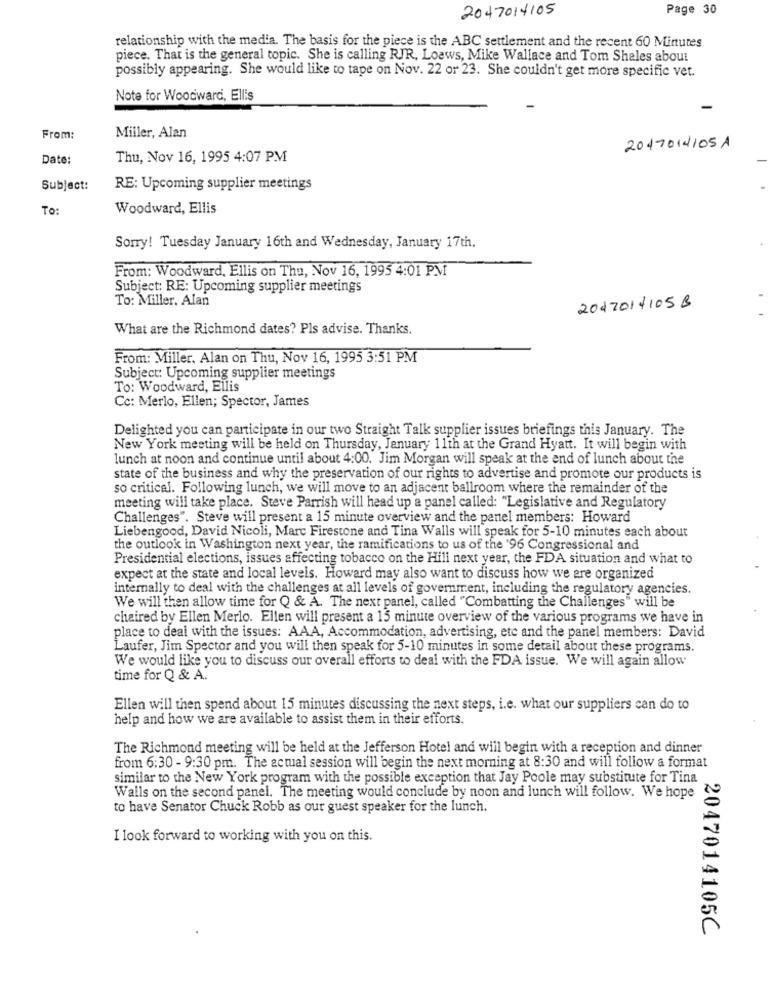
2047014105
Page 30
relationship with the media. The basis for the piece is the ABC settlement and the recent 60 Minutes
piece. That is the general topic. She is calling RJR, Loews, Mike Wallace and Tom Shales about
possibly appearing. She would like to tape on Nov. 22 or 23. She couldn't get more specific vet.
Note for Woodward, Ellis
From:
Miller, Alan
2017014105A
Date:
Thu, Nov 16, 1995 4:07 PM
Subject:
RE: Upcoming supplier meetings
To:
Woodward, Ellis
Sorry! Tuesday January 16th and Wednesday, January 17th.
From: Woodward, Ellis on Thu, Nov 16, 1995 4:01 PM
Subject: RE: Upcoming supplier meetings
To: Miller. Alan
20420141058
What are the Richmond dates? Pls advise. Thanks.
From: Miller. Alan on Thu, Nov 16, 1995 3:51 PM
Subject: Upcoming supplier meetings
To: Woodward, Ellis
Cc: Merlo, Ellen; Spector, James
Delighted you can participate in our two Straight Talk supplier issues briefings this January. The
New York meeting will be held on Thursday, January 11th at the Grand Hyatt. It will begin with
lunch at noon and continue until about 4:00. Jim Morgan will speak at the end of lunch about the
state of the business and why the preservation of our rights to advertise and promote our products is
so critical. Following lunch, we will move to an adjacent ballroom where the remainder of the
meeting will take place. Steve Parrish will head up a panel called: "Legislative and Regulatory
Challenges". Steve will present a 15 minute overview and the panel members: Howard
Liebengood, David Nicoli, Marc Firestone and Tina Walls will speak for 5-10 minutes each about
the outlook in Washington next year, the ramifications to us of the '96 Congressional and
Presidential elections, issues affecting tobacco on the Hill next year, the FDA situation and what to
expect at the state and local levels. Howard may also want to discuss how we are organized
internally to deal with the challenges at all levels of government, including the regulatory agencies.
We will then allow time for Q & A. The next panel, called "Combatting the Challenges" will be
chaired by Ellen Merlo. Ellen will present a 15 minute overview of the various programs we have in
place to deal with the issues: AAA, Accommodation, advertising, etc and the panel members: David
Laufer, Jim Spector and you will then speak for 5-10 minutes in some detail about these programs.
We would like you to discuss our overall efforts to deal with the FDA issue. We will again allow
time for Q & A.
Ellen will then spend about 15 minutes discussing the next steps, i.e. what our suppliers can do to
help and how we are available to assist them in their efforts.
The Richmond meeting will be held at the Jefferson Hotel and will begin with a reception and dinner
from 6:30 - 9:30 pm. The actual session will begin the next morning at 8:30 and will follow a format
similar to the New York program with the possible exception that Jay Poole may substitute for Tina
Walls on the second panel. The meeting would conclude by noon and lunch will follow. We hope
to have Senator Chuck Robb as our guest speaker for the lunch.
I look forward to working with you on this.
2047014105C